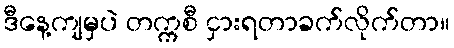
ဒီနေ့ကျမှပဲ တက္ကစီ ငှားရတာခက်လိုက်တာ။